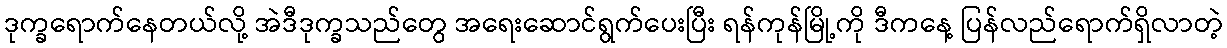
ဒုက္ခရောက်နေတယ်လို့ အဲဒီဒုက္ခသည်တွေ အရေးဆောင်ရွက်ပေးပြီး ရန်ကုန်မြို့ကို ဒီကနေ့ ပြန်လည်ရောက်ရှိလာတဲ့